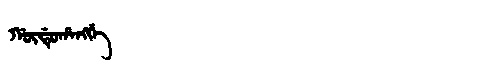
Manchu: ᡤᡡᡩᡠᡥᠠᠩᡤᡝ
Romanization: GŪDUHANGGE